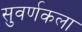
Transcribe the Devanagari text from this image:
सुवर्णकला